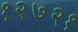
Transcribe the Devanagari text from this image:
१२७२१